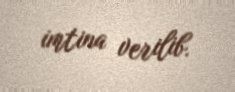
imtina verilib.